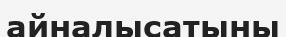
айналысатыны